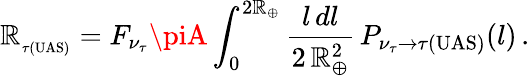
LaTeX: \mathbb{R}_{_{\tau(\mathrm{{UAS}})}}=F_{\nu_{\tau}}\piA\int_{0}^{2\mathbb{R}_{\oplus}}\frac{{l\, dl}}{{2\, \mathbb{R}_{\oplus}^{2}}}\, P_{{\nu_{\tau}}\rightarrow{\tau(\mathrm{{UAS)}}}}(l)\, .